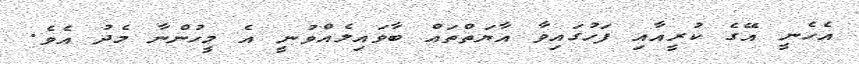
އެހެނީ އޭގެ ކުރީއާއި ފަހުގައިވާ އާޔަތްތައް ބާވައިލެއްވުނީ އެ މީހުންނާ މެދު އެވެ.